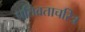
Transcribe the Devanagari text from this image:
पतिव्रताचरित्र